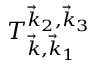
T _ { \vec { k } , \vec { k } _ { 1 } } ^ { \vec { k } _ { 2 } , \vec { k } _ { 3 } }